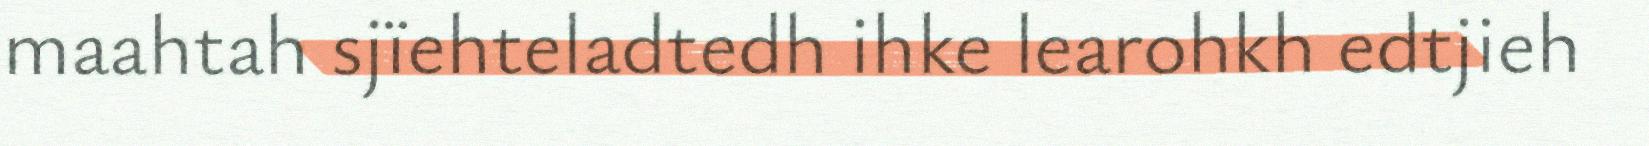
maahtah sjïehteladtedh ihke learohkh edtjieh